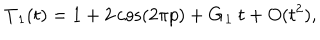
LaTeX: { \bf T } _ { 1 } ( t ) = 1 + 2 \cos ( 2 \pi p ) + { \bf G } _ { 1 } \ t + O ( t ^ { 2 } ) ,